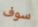
سوف